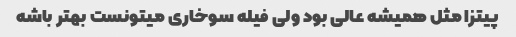
پیتزا مثل همیشه عالی بود ولی فیله سوخاری میتونست بهتر باشه